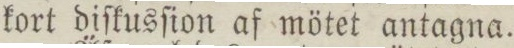
kort diſkusſion af mötet antagna.